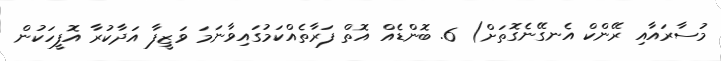
މުސާރައާއި ރޭންކް އެނގޭނެގޮތަށް) 6. ބޮންޑެއް އޮތް ފަރާތެއްކަމުގައިވާނަމަ ވަޒީފާ އަދާކުރާ އޮފީހަކުން